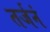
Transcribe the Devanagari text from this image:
तर्जनं